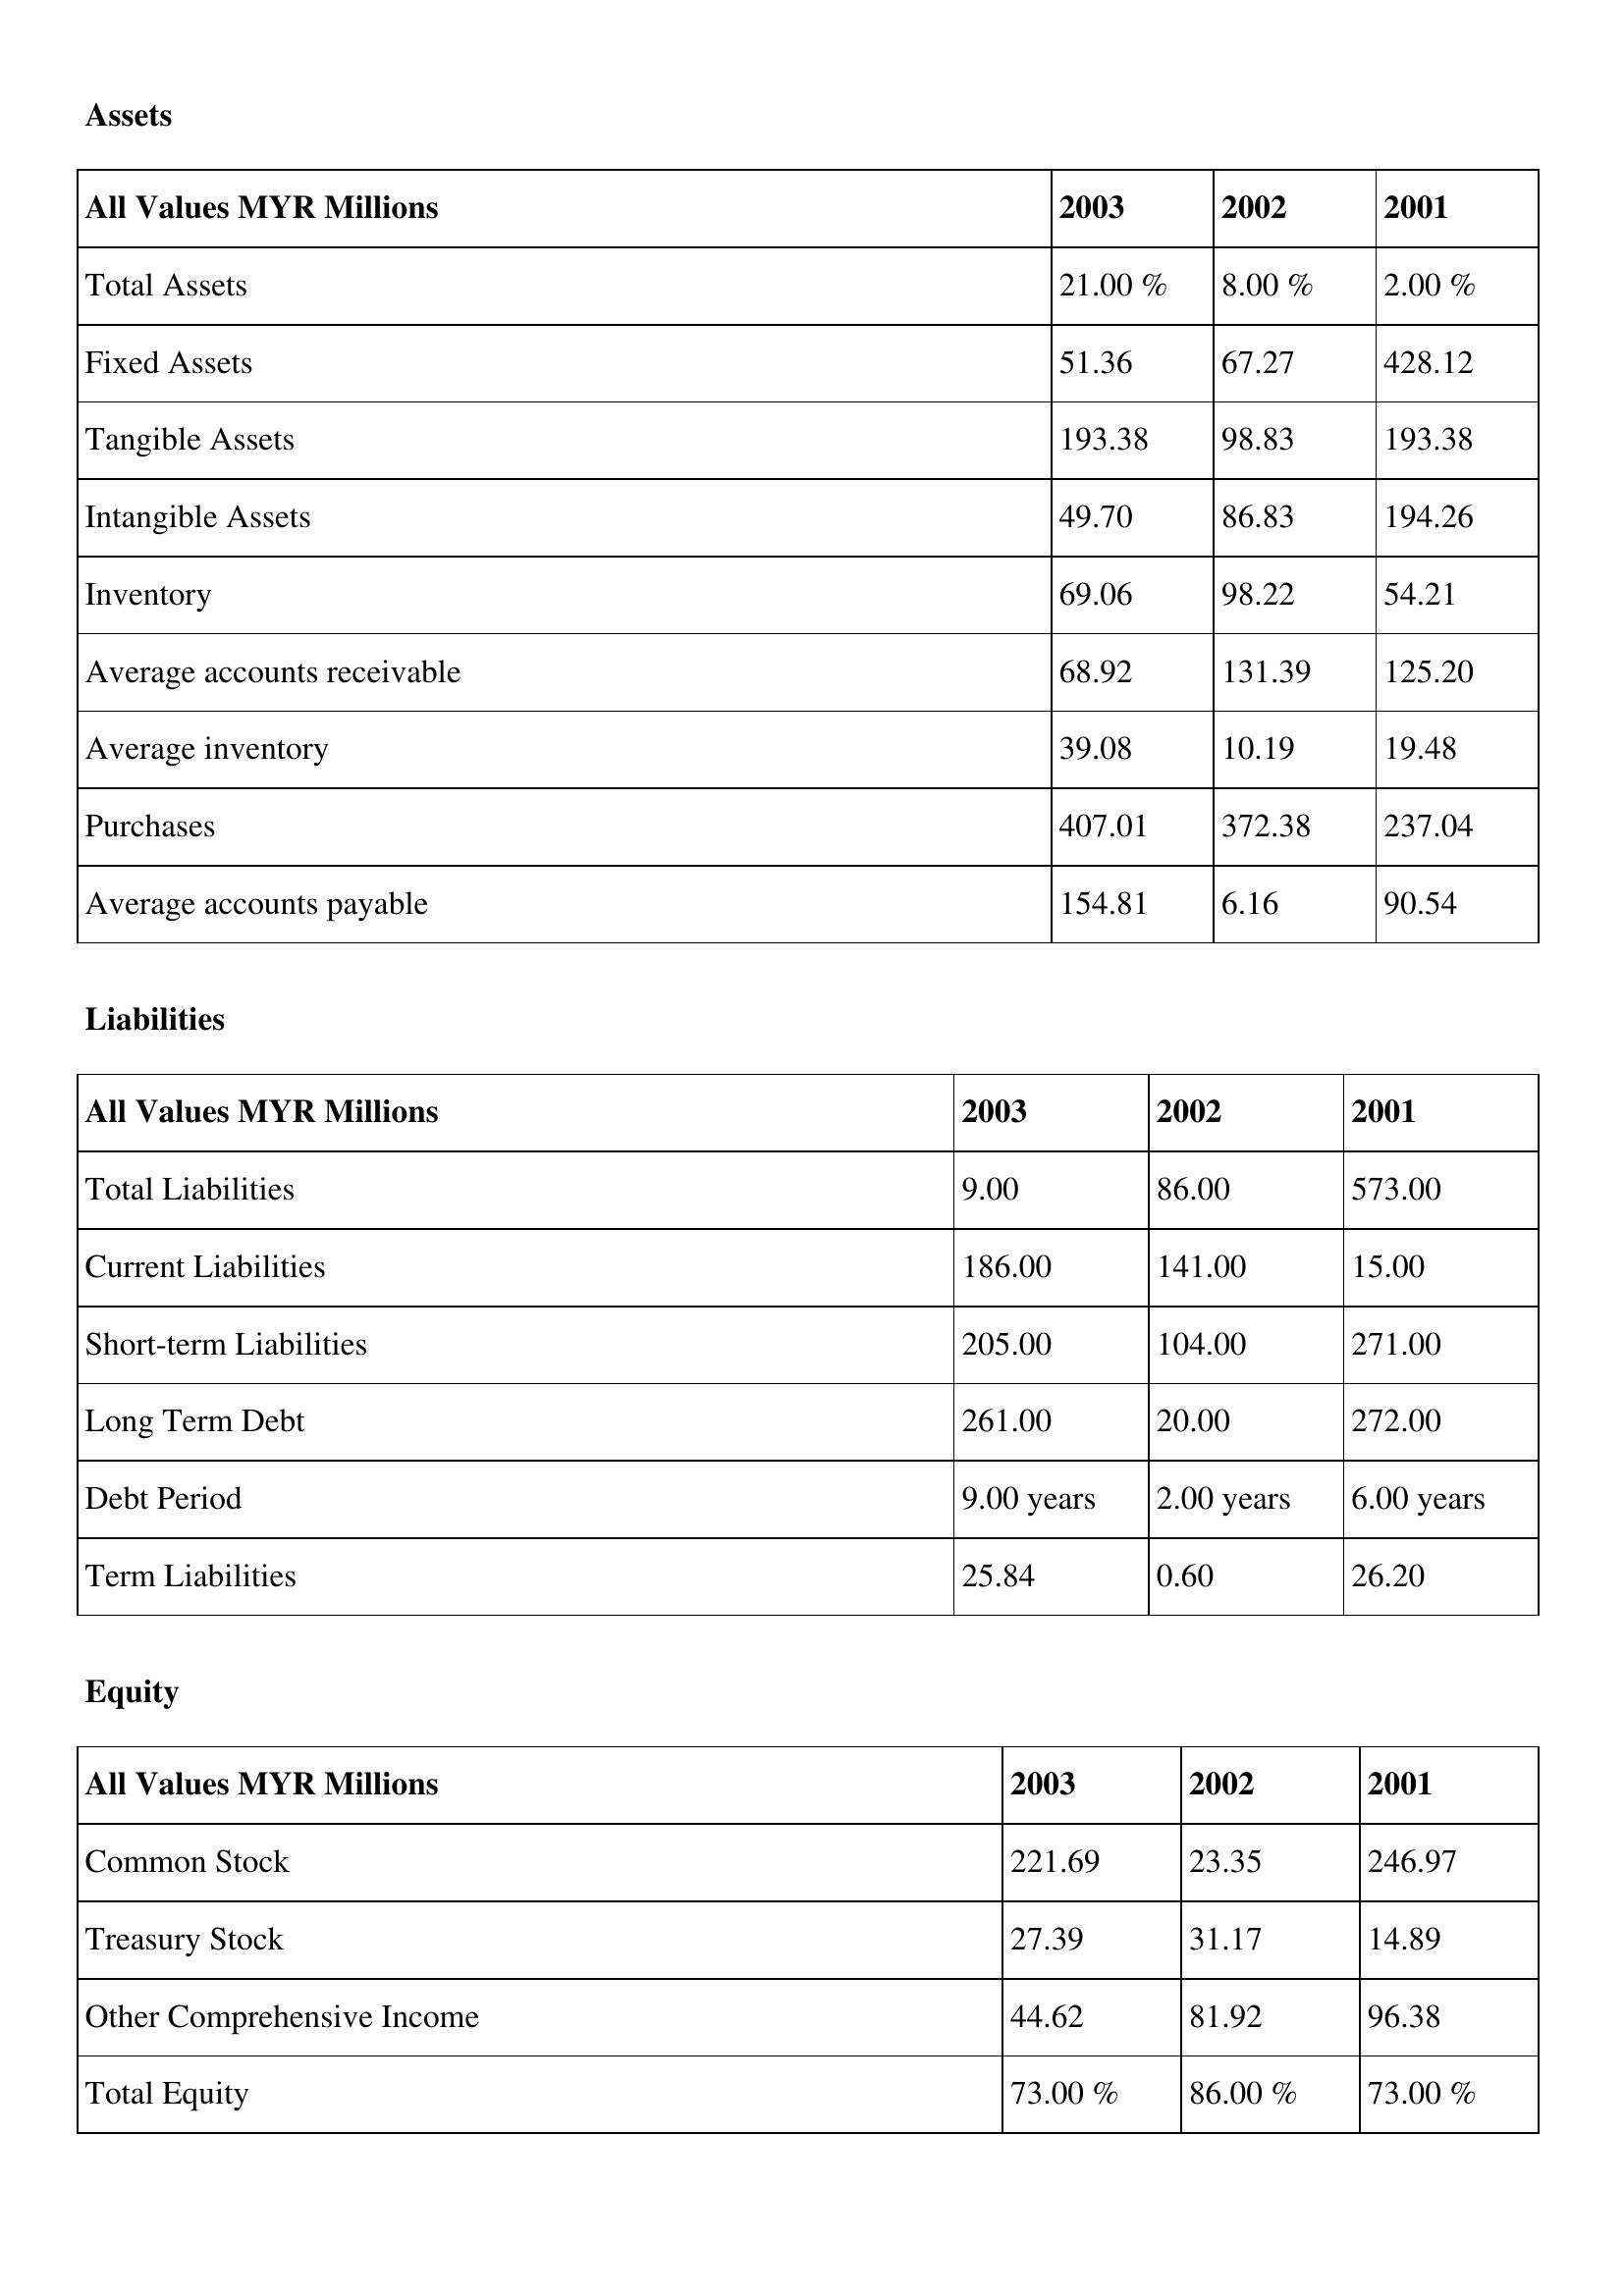
gt_parse: 2003: Assets: Total Assets: 21.00 %
Fixed Assets: 51.36
Tangible Assets: 193.38
Intangible Assets: 49.70
Inventory: 69.06
Average accounts receivable: 68.92
Average inventory: 39.08
Purchases: 407.01
Average accounts payable: 154.81
Liabilities: Total Liabilities: 9.00
Current Liabilities: 186.00
Short-term Liabilities: 205.00
Long Term Debt: 261.00
Debt Period: 9.00 years
Term Liabilities: 25.84
Equity: Common Stock: 221.69
Treasury Stock: 27.39
Other Comprehensive Income: 44.62
Total Equity: 73.00 %
2002: Assets: Total Assets: 8.00 %
Fixed Assets: 67.27
Tangible Assets: 98.83
Intangible Assets: 86.83
Inventory: 98.22
Average accounts receivable: 131.39
Average inventory: 10.19
Purchases: 372.38
Average accounts payable: 6.16
Liabilities: Total Liabilities: 86.00
Current Liabilities: 141.00
Short-term Liabilities: 104.00
Long Term Debt: 20.00
Debt Period: 2.00 years
Term Liabilities: 0.60
Equity: Common Stock: 23.35
Treasury Stock: 31.17
Other Comprehensive Income: 81.92
Total Equity: 86.00 %
2001: Assets: Total Assets: 2.00 %
Fixed Assets: 428.12
Tangible Assets: 193.38
Intangible Assets: 194.26
Inventory: 54.21
Average accounts receivable: 125.20
Average inventory: 19.48
Purchases: 237.04
Average accounts payable: 90.54
Liabilities: Total Liabilities: 573.00
Current Liabilities: 15.00
Short-term Liabilities: 271.00
Long Term Debt: 272.00
Debt Period: 6.00 years
Term Liabilities: 26.20
Equity: Common Stock: 246.97
Treasury Stock: 14.89
Other Comprehensive Income: 96.38
Total Equity: 73.00 %